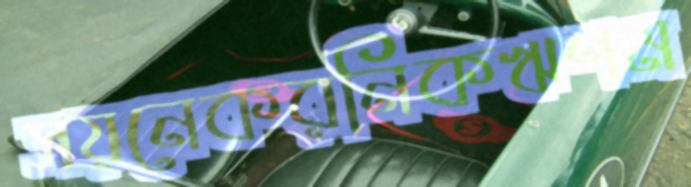
সয়নেকরনিকঋণম